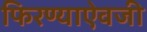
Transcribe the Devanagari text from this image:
फिरण्याऐवजी